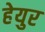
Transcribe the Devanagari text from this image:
हेयुर